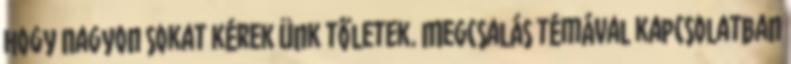
hogy nagyon sokat kérek ünk tőletek. Megcsalás témával kapcsolatban